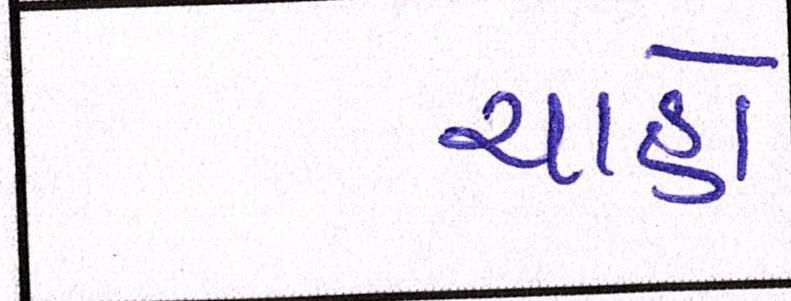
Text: ચાહો